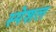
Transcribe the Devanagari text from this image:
स्‍पेशल